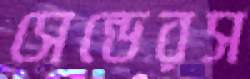
সেন্ডেরস